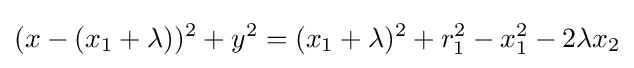
(x-(x_{1}+\lambda ))^{2}+y^{2}=(x_{1}+\lambda )^{2}+r_{1}^{2}-x_{1}^{2}-2\lambda x_{2}